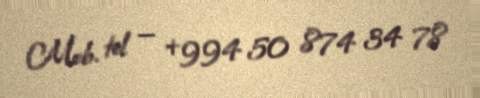
Mob. tel — +994 50 874 34 78